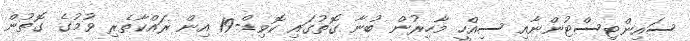
ސައިންޓިސްޓުންނާއި ސިއްހީ މާހިރުން ބުނާ ގޮތުގައި ކޮވިޑް-19 އިން ރައްކާތެރި ވުމުގެ ގޮތުން